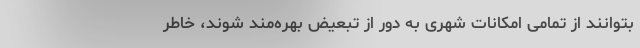
بتوانند از تمامی امکانات شهری به دور از تبعیض بهره‌مند شوند، خاطر